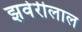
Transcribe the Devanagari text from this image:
झवेरीलाल